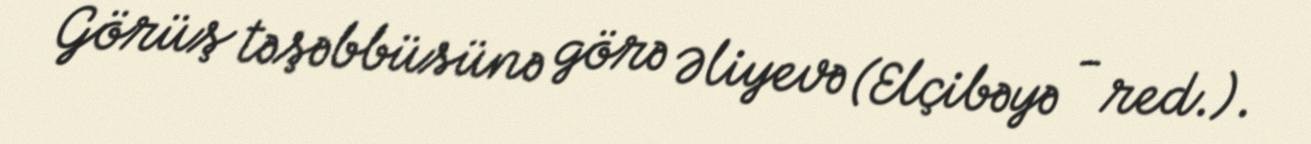
Görüş təşəbbüsünə görə Əliyevə (Elçibəyə - red.).